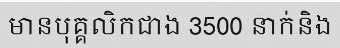
មានបុគ្គលិកជាង 3500 នាក់និង